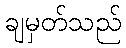
ချမှတ်သည်